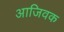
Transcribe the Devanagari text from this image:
आजिवक